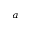
^ { a }